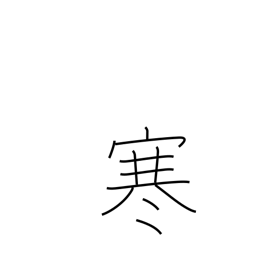
Meaning: cold